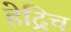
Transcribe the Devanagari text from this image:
हेद्रिच